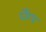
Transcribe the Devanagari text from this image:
घेरैध